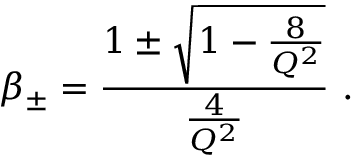
\beta _ { \pm } = { \frac { 1 \pm \sqrt { 1 - { \frac { 8 } { Q ^ { 2 } } } } } { \frac { 4 } { Q ^ { 2 } } } } \ .